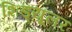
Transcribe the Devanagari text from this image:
शिड्यूलर